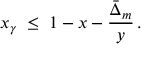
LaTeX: x _ { \gamma } \; \leq \; 1 - x - \frac { \bar { \Delta } _ { m } } { y } \, .